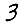
Digit: 3